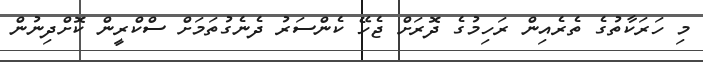
މި ހަރަކާތުގެ ތެރެއިން ރަހިމުގެ ދޮރަށް ޖެހޭ ކެންސަރު ދެނެގުތަމަށް ސްކްރީން ކޮށްދިނުން